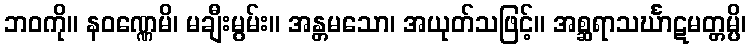
ဘဝကို။ နဝဏ္ဏေမိ၊ မချီးမွမ်း။ အန္တမသော၊ အယုတ်သဖြင့်။ အစ္ဆရာသင်္ဃာဋမတ္တမ္ပိ၊